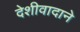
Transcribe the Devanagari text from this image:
देशीवादाने